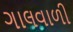
ગાલવાળી